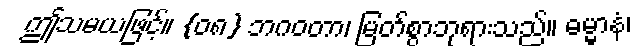
ဤသမယဖြင့်။ {၀၈} ဘဂဝတာ၊ မြတ်စွာဘုရားသည်။ ဓမ္မာနံ၊